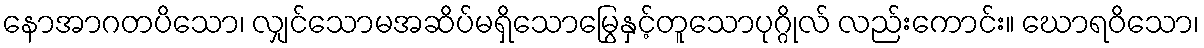
နောအာဂတပိသော၊ လျှင်သောမအဆိပ်မရှိသောမြွေနှင့်တူသောပုဂ္ဂိုလ် လည်းကောင်း။ ဃောရဝိသော၊